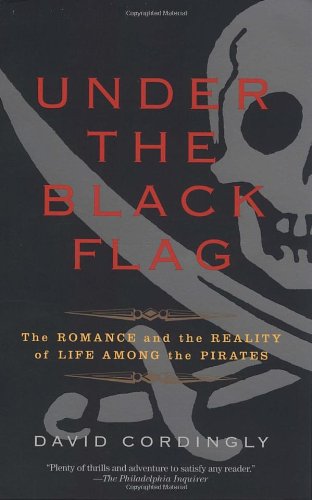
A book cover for Under the Black Flag: The Romance and the Reality of Life Among the Pirates; David Cordingly; History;